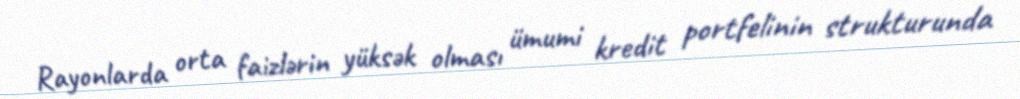
Rayonlarda orta faizlərin yüksək olması ümumi kredit portfelinin strukturunda